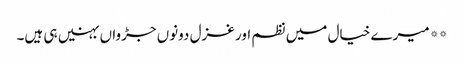
**میرے خیال میں نظم اور غزل دونوں جڑواں بہنیں ہی ہیں۔